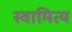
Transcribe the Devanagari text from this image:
स्वामित्य